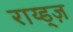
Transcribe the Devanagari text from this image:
राय्ड्ज़